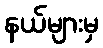
နယ်များမှ